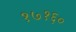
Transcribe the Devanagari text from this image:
१७१६०